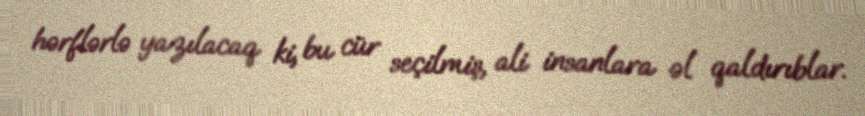
hərflərlə yazılacaq ki, bu cür seçilmiş, ali insanlara əl qaldırıblar.